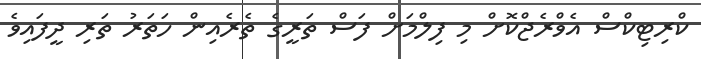
ކްރިޓިކްސް އެވްރެޖްކޮށް މި ފިލްމަށް ފަސް ތަރީގެ ތެރެއިން ހަތަރު ތަރި ދީފައިވެ